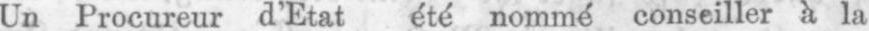
Un Procureur d’Etat été nommé conseiller à la